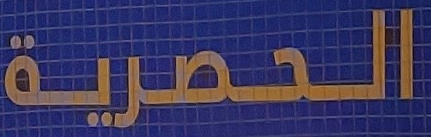
الحصرية